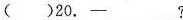
( )20.——___?